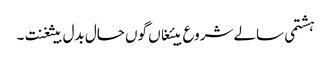
ہشتمی سالے شروع بیئغاں گوں حال بدل بیثغنت ۔